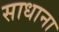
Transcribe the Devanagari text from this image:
साधाना